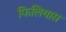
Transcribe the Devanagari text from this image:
फिलियास